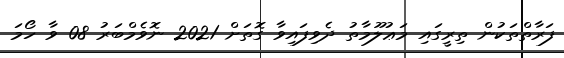
ފަރާތްތަކުން ތިރީގައި މަޢުލޫމާތު ދެވިފައިވާ ގޮތަށް 2021 ނޮވެމްބަރު 08 ވާ ހޯމަ